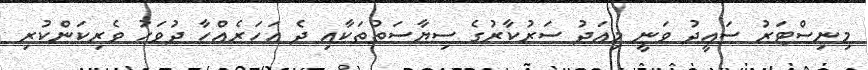
މިނިސްޓަރު ސައީދު ވަނީ މިއަދު ސަރުކާރުގެ ސިޔާސަތުތަކާއި ދެ އަހަރެއްހާ ދުވަހު ވެރިކަންކުރި